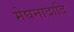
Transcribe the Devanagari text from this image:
मेघनादादि